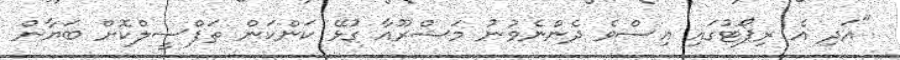
"އަދި އެ ރިޕޯޓުގައި އިސްވެ ދެންނެވުނު މަޝްރޫއާ ގުޅޭ ކަންކަން ތަފްސީލްކޮށް ބަޔާން